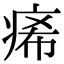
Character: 㾙